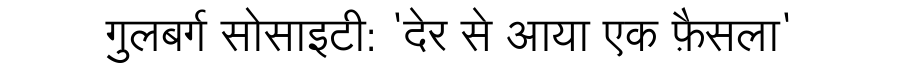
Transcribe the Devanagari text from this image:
गुलबर्ग सोसाइटी: 'देर से आया एक फ़ैसला'